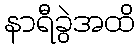
နာရီခွဲအထိ